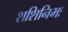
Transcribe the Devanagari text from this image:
शशिनिभः